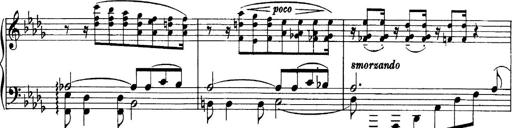
Title: Sonatina No.6
Composer: Ferruccio Busoni